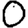
Digit: 0